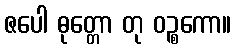
ဇပေါ ဓုတ္တော တု ဝဉ္စကော။